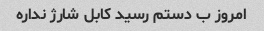
امروز ب دستم رسید کابل شارژ نداره